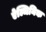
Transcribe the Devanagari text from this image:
ऐल्जिनिक